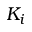
K _ { i }